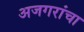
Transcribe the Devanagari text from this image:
अजगरांचा